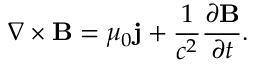
\nabla \times { \bf { B } } = { \mu _ { 0 } } { \bf { j } } + \frac { 1 } { { { c ^ { 2 } } } } \frac { { \partial { \bf { B } } } } { { \partial t } } .